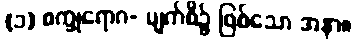
(၁) စက္ခုရောဂ- မျက်စိ၌ ဖြစ်သော အနာ။